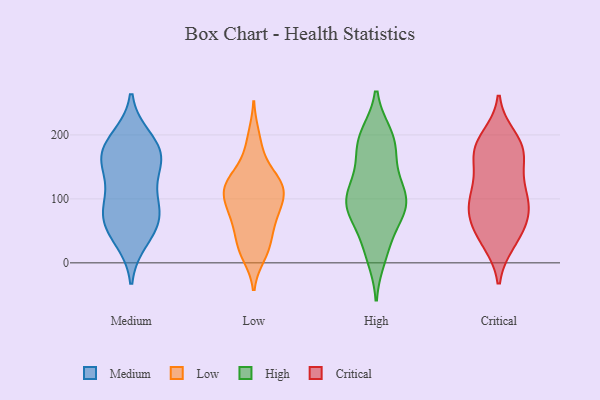
{"axis": {"x": "Active Users", "y": "Value"}, "legend": ["Critical", "High", "Low", "Medium"], "data": [{"x": "", "y": 60, "type": "Medium"}, {"x": "", "y": 140, "type": "Medium"}, {"x": "", "y": 102, "type": "Medium"}, {"x": "", "y": 188, "type": "Medium"}, {"x": "", "y": 154, "type": "Medium"}, {"x": "", "y": 195, "type": "Medium"}, {"x": "", "y": 164, "type": "Medium"}, {"x": "", "y": 82, "type": "Medium"}, {"x": "", "y": 49, "type": "Medium"}, {"x": "", "y": 171, "type": "Medium"}, {"x": "", "y": 168, "type": "Medium"}, {"x": "", "y": 36, "type": "Medium"}, {"x": "", "y": 74, "type": "Medium"}, {"x": "", "y": 87, "type": "Medium"}, {"x": "", "y": 41, "type": "Low"}, {"x": "", "y": 25, "type": "Low"}, {"x": "", "y": 110, "type": "Low"}, {"x": "", "y": 73, "type": "Low"}, {"x": "", "y": 137, "type": "Low"}, {"x": "", "y": 198, "type": "Low"}, {"x": "", "y": 71, "type": "Low"}, {"x": "", "y": 124, "type": "Low"}, {"x": "", "y": 93, "type": "Low"}, {"x": "", "y": 119, "type": "Low"}, {"x": "", "y": 20, "type": "Low"}, {"x": "", "y": 112, "type": "Low"}, {"x": "", "y": 171, "type": "Low"}, {"x": "", "y": 12, "type": "Low"}, {"x": "", "y": 62, "type": "Low"}, {"x": "", "y": 90, "type": "Low"}, {"x": "", "y": 132, "type": "Low"}, {"x": "", "y": 115, "type": "Low"}, {"x": "", "y": 124, "type": "High"}, {"x": "", "y": 108, "type": "High"}, {"x": "", "y": 196, "type": "High"}, {"x": "", "y": 78, "type": "High"}, {"x": "", "y": 80, "type": "High"}, {"x": "", "y": 132, "type": "High"}, {"x": "", "y": 184, "type": "High"}, {"x": "", "y": 101, "type": "High"}, {"x": "", "y": 24, "type": "High"}, {"x": "", "y": 84, "type": "High"}, {"x": "", "y": 95, "type": "High"}, {"x": "", "y": 199, "type": "High"}, {"x": "", "y": 10, "type": "High"}, {"x": "", "y": 75, "type": "High"}, {"x": "", "y": 24, "type": "High"}, {"x": "", "y": 165, "type": "High"}, {"x": "", "y": 86, "type": "High"}, {"x": "", "y": 198, "type": "High"}, {"x": "", "y": 178, "type": "High"}, {"x": "", "y": 108, "type": "High"}, {"x": "", "y": 60, "type": "Critical"}, {"x": "", "y": 32, "type": "Critical"}, {"x": "", "y": 113, "type": "Critical"}, {"x": "", "y": 170, "type": "Critical"}, {"x": "", "y": 78, "type": "Critical"}, {"x": "", "y": 191, "type": "Critical"}, {"x": "", "y": 197, "type": "Critical"}, {"x": "", "y": 92, "type": "Critical"}, {"x": "", "y": 68, "type": "Critical"}, {"x": "", "y": 172, "type": "Critical"}, {"x": "", "y": 103, "type": "Critical"}, {"x": "", "y": 163, "type": "Critical"}, {"x": "", "y": 126, "type": "Critical"}, {"x": "", "y": 40, "type": "Critical"}, {"x": "", "y": 171, "type": "Critical"}, {"x": "", "y": 121, "type": "Critical"}, {"x": "", "y": 182, "type": "Critical"}, {"x": "", "y": 32, "type": "Critical"}, {"x": "", "y": 75, "type": "Critical"}, {"x": "", "y": 87, "type": "Critical"}]}